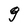
Character: g